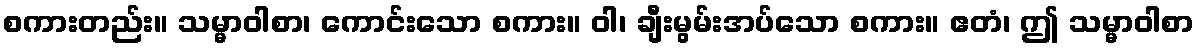
စကားတည်း။ သမ္မာဝါစာ၊ ကောင်းသော စကား။ ဝါ၊ ချီးမွမ်းအပ်သော စကား။ ဧတံ၊ ဤ သမ္မာဝါစာ